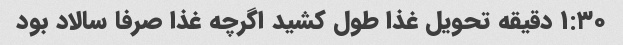
۱:۳۰ دقیقه تحویل غذا طول کشید اگرچه غذا صرفا سالاد بود